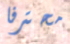
محترفا